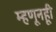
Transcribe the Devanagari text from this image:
म्हणूनहूी